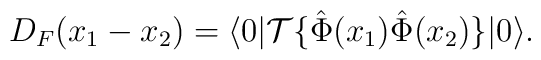
D_F(x_1-x_2)=\langle0|{\cal T}\{\hat{\Phi}(x_1)\hat{\Phi}(x_2)\}|0\rangle.